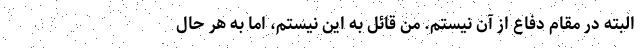
البته در مقام دفاع از آن نیستم. من قائل به این نیستم، اما به هر حال